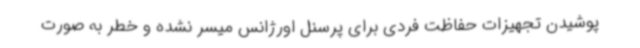
پوشیدن تجهیزات حفاظت فردی برای پرسنل اورژانس میسر نشده و خطر به صورت